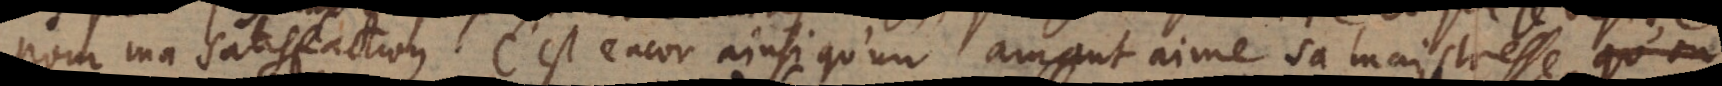
pour ma satisfaction. C’est encor ainsi qu’un amant aime sa maistresse, o